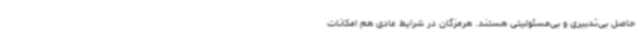
حاصل بی‌تدبیری و بی‌مسئولیتی هستند. هرمزگان در شرایط عادی هم امکانات